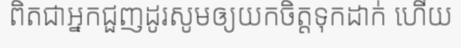
ពិតជាអ្នកជួញដូរសូមឲ្យយកចិត្តទុកដាក់ ហើយ